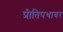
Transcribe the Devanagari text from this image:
प्रीतिपथावर